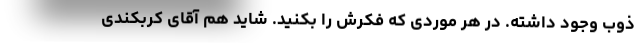
ذوب وجود داشته. در هر موردی که فکرش را بکنید. شاید هم آقای کربکندی